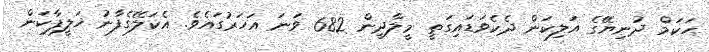
ޙަކަމް ދުނިޔޭގެ އަލިކަން ދެކެވަޑައިގަތީ މީލާދީން 682 ވަނަ އަހަރުގައެވެ. އެކަލޭގެފާނު ޚަލީފާކަން